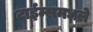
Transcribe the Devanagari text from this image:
टाईम्समधले